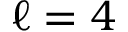
\ell = 4